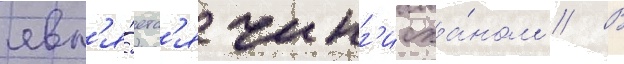
явл'я́етс'я чинг'исха́ном // В